Report on the bubonic plague in Bombay, 1896-1897
Year: 1896
Disease focus: Plague
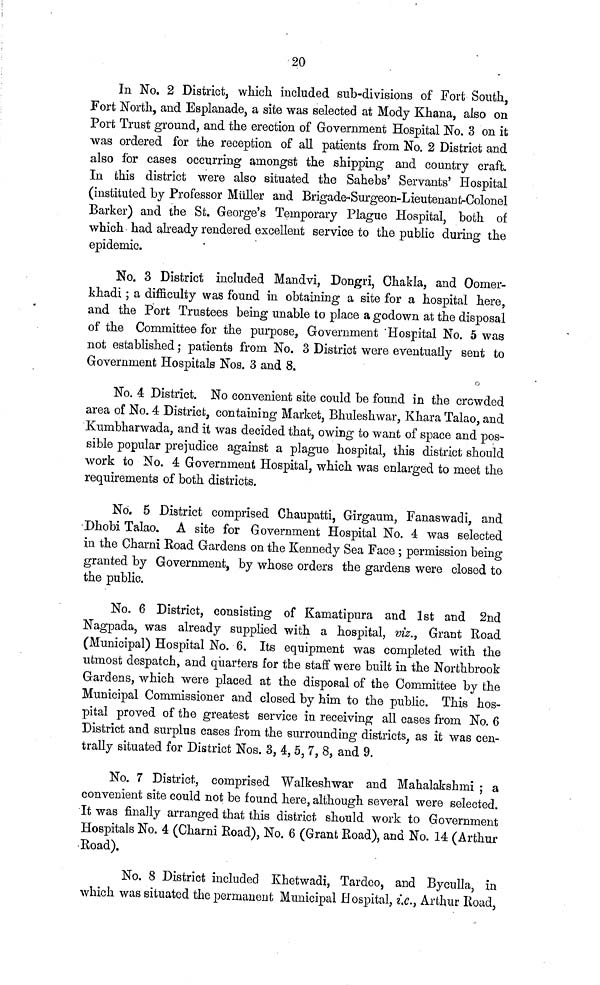
20
In No. 2 District, which included sub-divisions of Fort South,
Fort North, and Esplanade, a site was selected at Mody Khana, also on
Port Trust ground, and the erection of Government Hospital No. 3 on it
was ordered for the reception of all patients from No. 2 District and
also for cases occurring amongst the shipping and country craft.
In this district were also situated the Sahebs' Servants' Hospital
(instituted by Professor Miiller and Brigade-Surgeon-Lieutenant-Colonel
Barker) and the St. George's Temporary Plague Hospital, both of
which had already rendered excellent service to the public during the
epidemic.
No. 3 District included Mandvi, Dongri, Chakla, and Oomer-
khadi ; a difficulty was found in obtaining a site for a hospital here,
and the Port Trustees being unable to place a godown at the disposal
of the Committee for the purpose, Government 'Hospital No. 5 was
not established; patients from No. 3 District were eventually sent to
Government Hospitals Nos. 3 and 8.
No. 4 District. No convenient site could be found in the crowded
area of No. 4 District, containing Market, Bhuleshwar, Khara Talao, and
Kumbharwada, and it was decided that, owing to want of space and pos-
sible popular prejudice against a plague hospital, this district should
work to No. 4 Government Hospital, which was enlarged to meet the
requirements of both districts.
No. 5 District comprised Chaupatti, Girgaum, Fanaswadi, and
Dhobi Talao. A site for Government Hospital No. 4 was selected
in the Charni Road Gardens on the Kennedy Sea Face ; permission being
granted by Government, by whose orders the gardens were closed to
the public.
No. 6 District, consisting of Kamatipura and 1st and 2nd
Nagpada, was already supplied with a hospital, viz., Grant Road
(Municipal) Hospital No. 6. Its equipment was completed with the
utmost despatch, and quarters for the staff were built in the Northbrook
Gardens, which were placed at the disposal of the Committee by the
Municipal Commissioner and closed by him to the public. This hos-
pital proved of the greatest service in receiving all cases from No. 6
District and surplus cases from the surrounding districts, as it was cen-
trally situated for District Nos. 3, 4, 5, 7, 8, and 9.
No. 7 District, comprised Walkeshwar and Mahalakshmi ; a
convenient site could not be found here, although several were selected.
It was finally arranged that this district should work to Government
Hospitals No. 4 (Charni Road), No. 6 (Grant Road), and No. 14 (Arthur
Road).
No. 8 District included Khetwadi, Tardeo, and Byculla, in
which was situated the permanent Municipal Hospital, ic., Arthur Road,